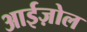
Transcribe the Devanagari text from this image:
आईज़ोल